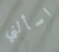
اسألني